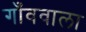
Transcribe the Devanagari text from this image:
गाँववाला